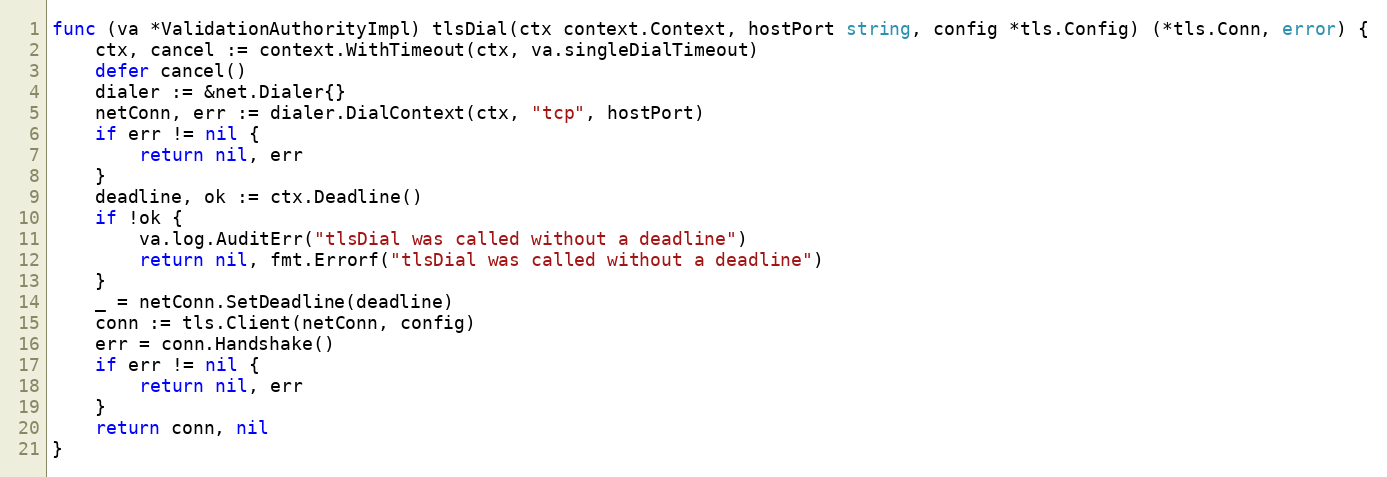
Language: Go
func (va *ValidationAuthorityImpl) tlsDial(ctx context.Context, hostPort string, config *tls.Config) (*tls.Conn, error) {
	ctx, cancel := context.WithTimeout(ctx, va.singleDialTimeout)
	defer cancel()
	dialer := &net.Dialer{}
	netConn, err := dialer.DialContext(ctx, "tcp", hostPort)
	if err != nil {
		return nil, err
	}
	deadline, ok := ctx.Deadline()
	if !ok {
		va.log.AuditErr("tlsDial was called without a deadline")
		return nil, fmt.Errorf("tlsDial was called without a deadline")
	}
	_ = netConn.SetDeadline(deadline)
	conn := tls.Client(netConn, config)
	err = conn.Handshake()
	if err != nil {
		return nil, err
	}
	return conn, nil
}